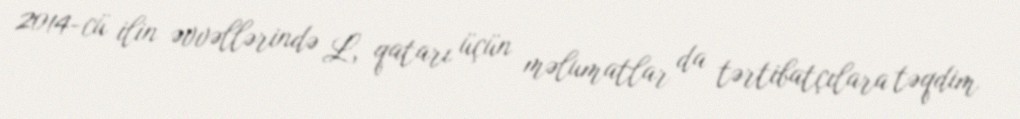
2014-cü ilin əvvəllərində L qatarı üçün məlumatlar da tərtibatçılara təqdim